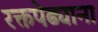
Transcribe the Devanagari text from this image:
रक्तपेढ्याना